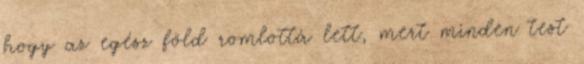
hogy az egész föld romlottá lett, mert minden test